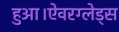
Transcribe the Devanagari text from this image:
हुआ।ऐवरग्लेड्स